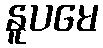
နူပမေ